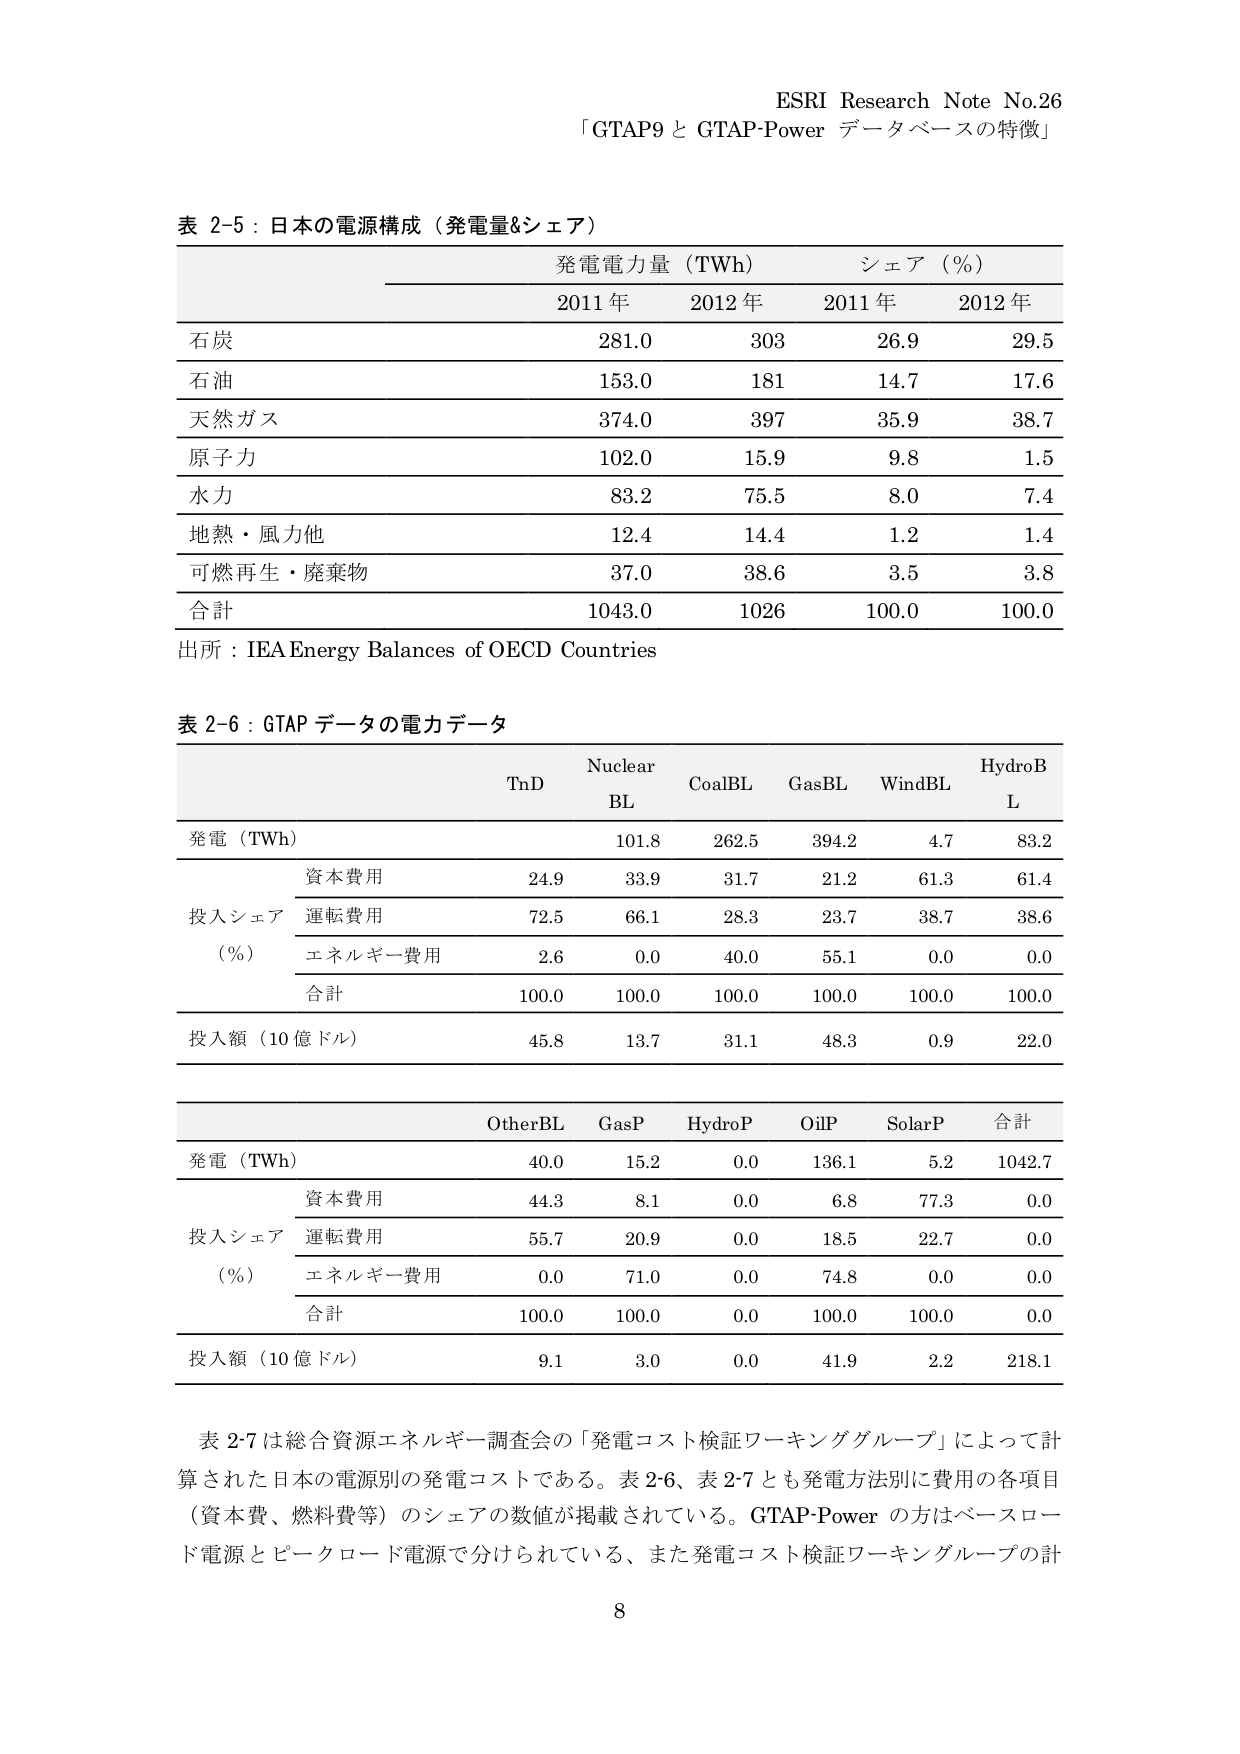
ESRI Research Note No.26
「GTAP9 と GTAP-Power データベースの特徴」

表 2-5：日本の電源構成（発電量&シェア）
発電電力量（TWh） シェア（%）
2011 年 2012 年 2011 年 2012 年
石炭 281.0 303 26.9 29.5
石油 153.0 181 14.7 17.6
天然ガス 374.0 397 35.9 38.7
原子力 102.0 15.9 9.8 1.5
水力 83.2 75.5 8.0 7.4
地熱・風力他 12.4 14.4 1.2 1.4
可燃再生・廃棄物 37.0 38.6 3.5 3.8
合計 1043.0 1026 100.0 100.0
出所：IEA Energy Balances of OECD Countries

表 2-6：GTAP データの電力データ
TnD Nuclear BL CoalBL GasBL WindBL HydroBL
発電（TWh） 101.8 262.5 394.2 4.7 83.2
投入シェア 資本費用 24.9 33.9 31.7 21.2 61.3 61.4
（%） 運転費用 72.5 66.1 28.3 23.7 38.7 38.6
エネルギー費用 2.6 0.0 40.0 55.1 0.0 0.0
合計 100.0 100.0 100.0 100.0 100.0 100.0
投入額（10 億ドル） 45.8 13.7 31.1 48.3 0.9 22.0

OtherBL GasP HydroP OilP SolarP 合計
発電（TWh） 40.0 15.2 0.0 136.1 5.2 1042.7
投入シェア 資本費用 44.3 8.1 0.0 6.8 77.3 0.0
（%） 運転費用 55.7 20.9 0.0 18.5 22.7 0.0
エネルギー費用 0.0 71.0 0.0 74.8 0.0 0.0
合計 100.0 100.0 0.0 100.0 100.0 0.0
投入額（10 億ドル） 9.1 3.0 0.0 41.9 2.2 218.1

表 2-7 は総合資源エネルギー調査会の「発電コスト検証ワーキンググループ」によって計算された日本の電源別の発電コストである。表 2-6、表 2-7 とも発電方法別に費用の各項目（資本費、燃料費等）のシェアの数値が掲載されている。GTAP-Power の方はベースロード電源とピークロード電源で分けられている、また発電コスト検証ワーキンググループの計

8